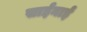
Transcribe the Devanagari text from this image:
साईनाई